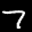
Label: 7